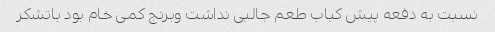
نسبت به دفعه پیش کباب طعم جالبی نداشت وبرنج کمی خام بود باتشکر